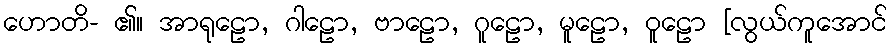
ဟောတိ- ၏။ အာရုဠော, ဂါဠော, ဗာဠော, ဂူဠော, မူဠော, ဝူဠော [လွယ်ကူအောင်